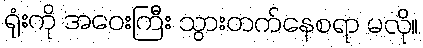
ရုံးကို အဝေးကြီး သွားတက်နေစရာ မလို။